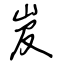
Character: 岌